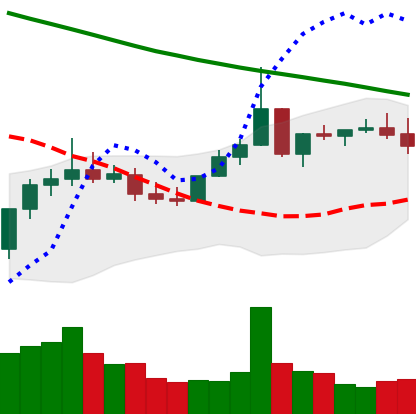
Ticker: XLM-USD
Chart end date: 2022-08-15
Forward return: -11.548%
Label: down_7plus